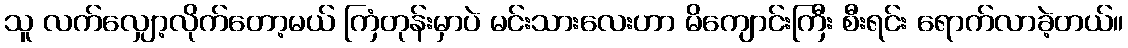
သူ လက်လျှော့လိုက်တော့မယ် ကြံတုန်းမှာပဲ မင်းသားလေးဟာ မိကျောင်းကြီး စီးရင်း ရောက်လာခဲ့တယ်။